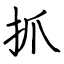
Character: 抓